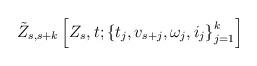
LaTeX: \begin{align*}\tilde{Z}_{s,s+k} \left[ Z_s,t;\left\{t_j,v_{s+j},\omega_j,i_j\right\}_{j=1}^k\right]\end{align*}